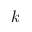
k